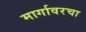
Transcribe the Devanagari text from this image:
मार्गावरचा